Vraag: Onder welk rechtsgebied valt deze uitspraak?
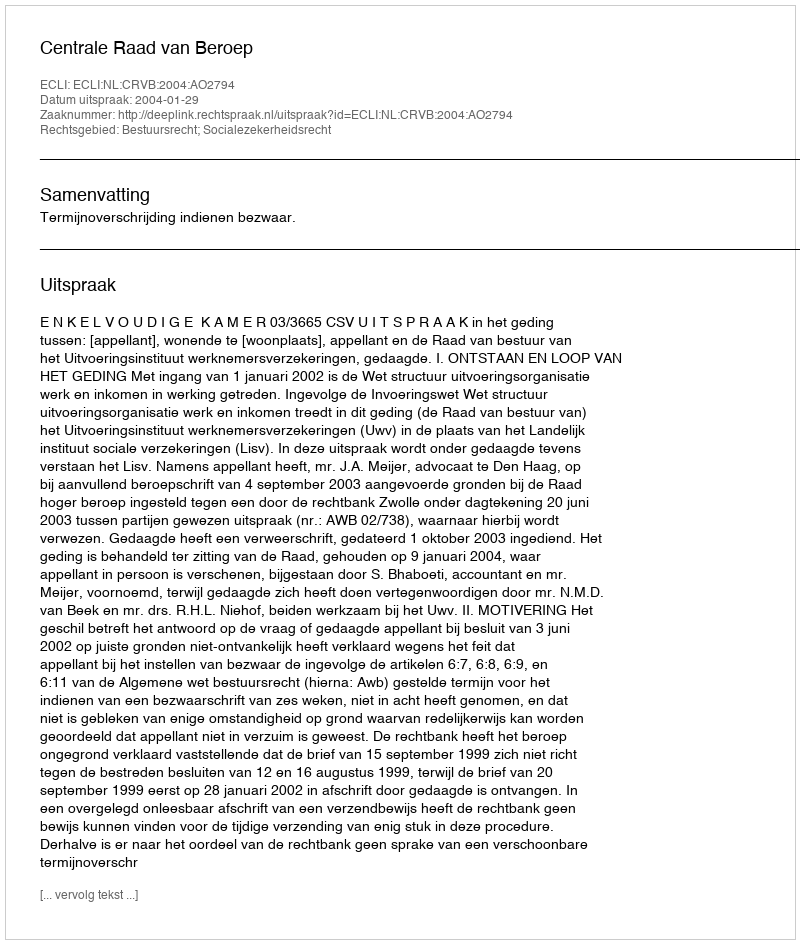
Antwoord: Bestuursrecht; Socialezekerheidsrecht